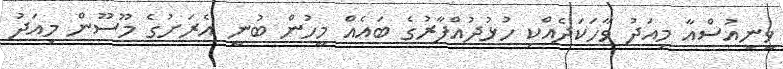
ވީނިއުސްއާ މިއަދު ވާހަކަދެއްކި ހުޅުދުއްފާރުގެ ބައެއް މީހުން ބުނީ އެރަށުގެ މޫސޫން މިއަދު